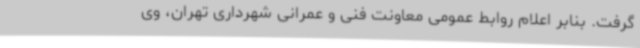
گرفت. بنابر اعلام روابط عمومی معاونت فنی و عمرانی شهرداری تهران، وی